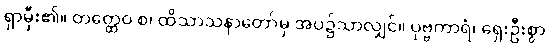
ရှာမှီး၏။ တတ္ထေဝ စ၊ ထိသာသနာတော်မှ အပ၌သာလျှင်။ ပုဗ္ဗကာရံ၊ ရှေးဦးစွာ